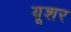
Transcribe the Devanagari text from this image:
यूशर